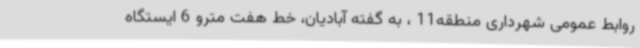
روابط عمومی شهرداری منطقه11 ، به گفته آبادیان، خط هفت مترو 6 ایستگاه